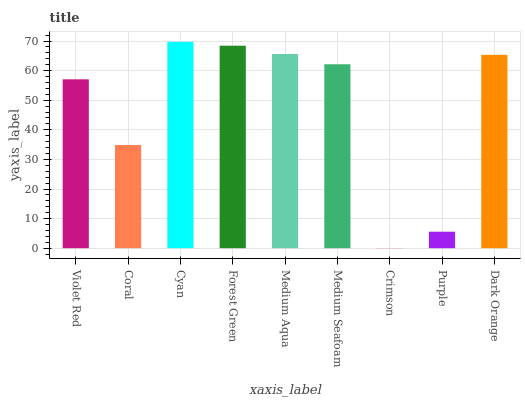
| xaxis_label | bars |
 | --- | --- |
 | Violet Red | 57.1 |
 | Coral | 34.9 |
 | Cyan | 69.7 |
 | Forest Green | 68.4 |
 | Medium Aqua | 65.6 |
 | Medium Seafoam | 62.1 |
 | Crimson | 0.0403 |
 | Purple | 5.57 |
 | Dark Orange | 65.3 |